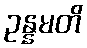
ဥန္နမတိ